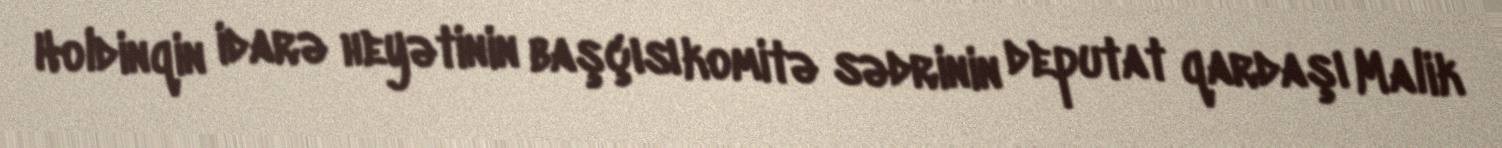
Holdinqin idarə heyətinin başçısı komitə sədrinin deputat qardaşı Malik